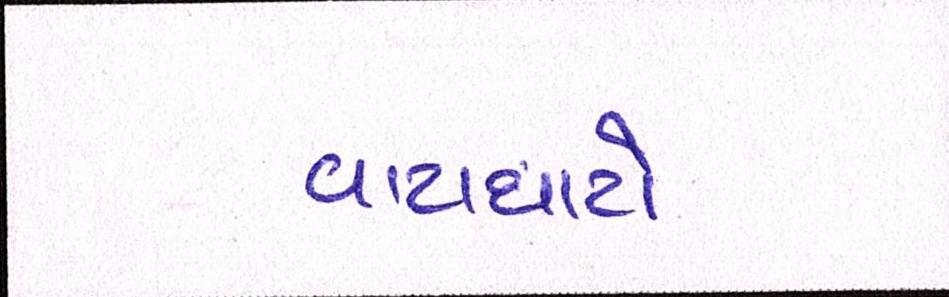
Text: વાટાઘાટો